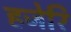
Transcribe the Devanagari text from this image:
हजेरि